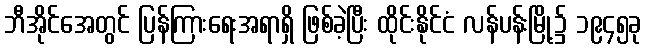
ဘီအိုင်အေတွင် ပြန်ကြားရေးအရာရှိ ဖြစ်ခဲ့ပြီး ထိုင်းနိုင်ငံ လန်ပန်းမြို့၌ ၁၉၄၅ခု